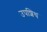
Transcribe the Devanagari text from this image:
उपशिथ